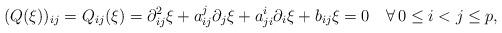
LaTeX: \begin{align*} (Q(\xi))_{ij}=Q_{ij}(\xi)=\partial^2_{ij}\xi+a_{ij}^j\partial_j\xi+a_{ji}^i\partial_i\xi+b_{ij}\xi=0\quad\forall\, 0\leq i<j\leq p,\end{align*}